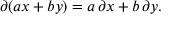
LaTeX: \partial ( a x + b y ) = a \, \partial x + b \, \partial y .